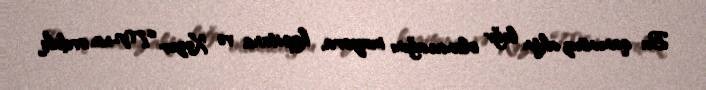
Bu qanunsuz aktın ləğv olunacağını mayora, kapitana və Xəzər TV-nin ordakı